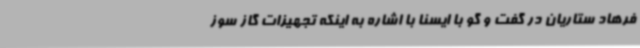
فرهاد ستاریان در گفت و گو با ایسنا با اشاره به اینکه تجهیزات گاز سوز